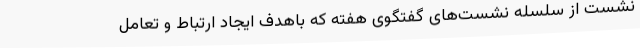
نشست از سلسله نشست‌های گفتگوی هفته که باهدف ایجاد ارتباط و تعامل